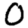
Digit: 0